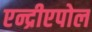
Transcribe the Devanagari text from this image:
एन्द्रीएपोल